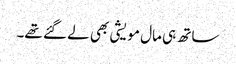
ساتھ ہی مال مویشی بھی لے گئے تھے۔